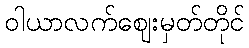
ဝါယာလက်ဈေးမှတ်တိုင်